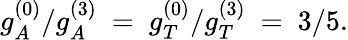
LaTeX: g_{A}^{(0)}/g_{A}^{(3)}\ =\ g_{T}^{(0)}/g_{T}^{(3)}\ =\ 3/5.